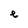
Character: e